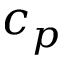
c _ { p }